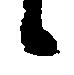
候